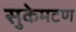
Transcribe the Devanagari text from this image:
सुकेमटण